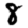
Digit: 8